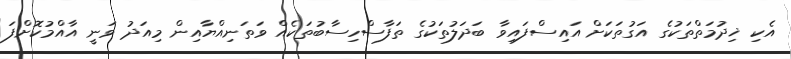
އެކި ޚިދުމަތްތަކުގެ އަގުތަކަށް އައިސްފައިވާ ބަދަލުތަކުގެ ތަފާސްހިސާބުތަކެއް ވަތަނިއްޔާއިން މިއަދު ވަނީ އާއްމުކޮށްފަ